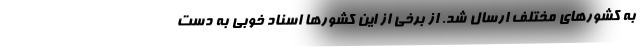
به کشورهای مختلف ارسال شد. از برخی از این کشورها اسناد خوبی به دست